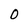
Character: O